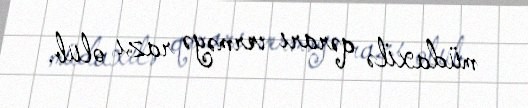
müdaxilə qərarı verməyə razı olub.